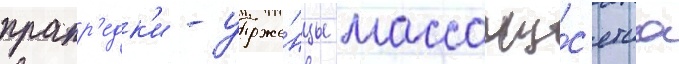
прапр'едк'и - уроже́нцы массачу́с'етса